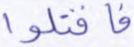
فاقتلوا